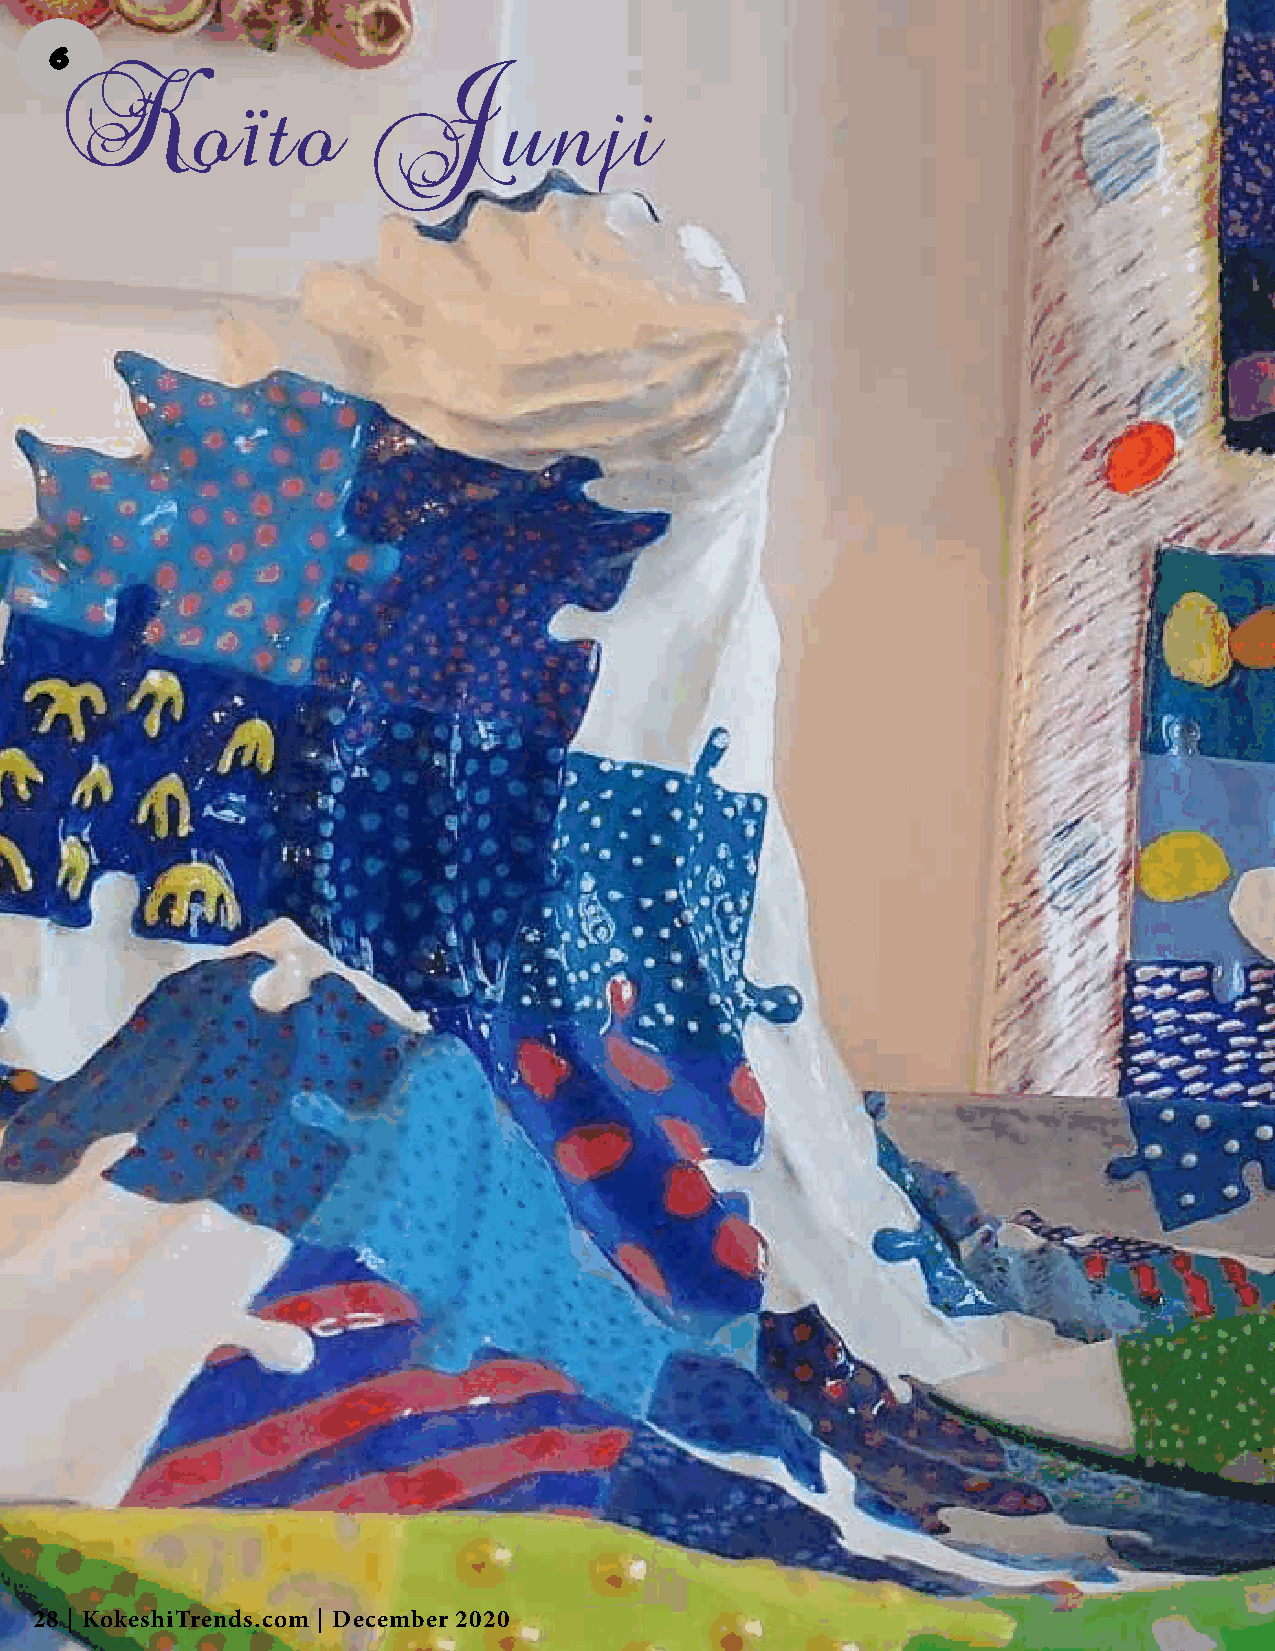
6
 Koïto                Junji
 28 | KokeshiTrends.com | December 2020